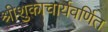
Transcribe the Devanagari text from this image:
श्रीशुकाचार्यवर्णित